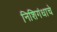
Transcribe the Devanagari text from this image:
निशिगंधाचे